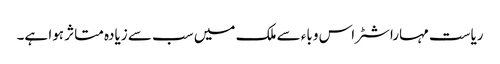
ریاست مہاراشٹر اس وباء سے ملک میں سب سے زیادہ متاثر ہوا ہے۔